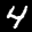
Label: 4